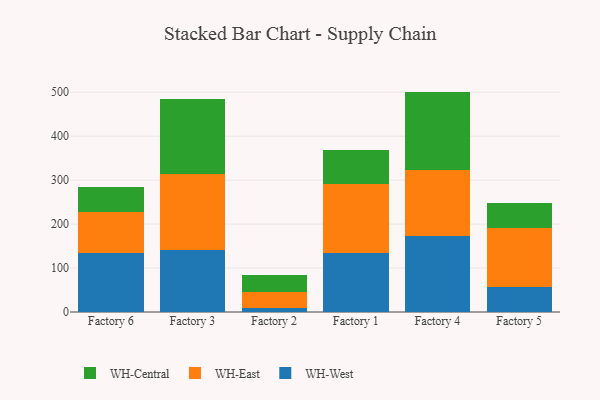
{"axis": {"x": "Factory", "y": "Website Visitors"}, "legend": ["WH-Central", "WH-East", "WH-West"], "data": [{"x": "Factory 6", "y": 134.7, "type": "WH-West"}, {"x": "Factory 6", "y": 93.6, "type": "WH-East"}, {"x": "Factory 6", "y": 55.4, "type": "WH-Central"}, {"x": "Factory 3", "y": 141.9, "type": "WH-West"}, {"x": "Factory 3", "y": 171.4, "type": "WH-East"}, {"x": "Factory 3", "y": 172.4, "type": "WH-Central"}, {"x": "Factory 2", "y": 9.7, "type": "WH-West"}, {"x": "Factory 2", "y": 35.3, "type": "WH-East"}, {"x": "Factory 2", "y": 40.1, "type": "WH-Central"}, {"x": "Factory 1", "y": 133.6, "type": "WH-West"}, {"x": "Factory 1", "y": 156.9, "type": "WH-East"}, {"x": "Factory 1", "y": 78.1, "type": "WH-Central"}, {"x": "Factory 4", "y": 172.6, "type": "WH-West"}, {"x": "Factory 4", "y": 150.0, "type": "WH-East"}, {"x": "Factory 4", "y": 178.9, "type": "WH-Central"}, {"x": "Factory 5", "y": 57.7, "type": "WH-West"}, {"x": "Factory 5", "y": 133.3, "type": "WH-East"}, {"x": "Factory 5", "y": 57.9, "type": "WH-Central"}]}